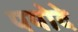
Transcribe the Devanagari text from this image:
पयोदे